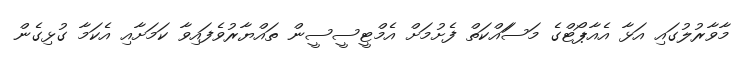
މާވާރުލުގައި އަޅާ އެއާޕޯޓްގެ މަސަައްކަތް ފެށުމަށް އެމްޓީސީސީން ތައްޔާރުވެފައިވާ ކަމަށާއި އެކަމާ ގުޅިގެން